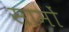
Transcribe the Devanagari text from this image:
सामों